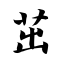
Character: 茁